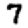
Digit: 7